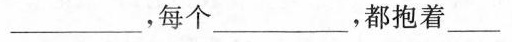
___，每个___，都抱着___